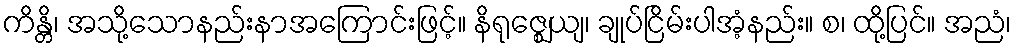
ကိန္တိ၊ အသို့သောနည်းနာအကြောင်းဖြင့်။ နိရုဇ္ဈေယျ၊ ချုပ်ငြိမ်းပါအံ့နည်း။ စ၊ ထို့ပြင်။ အညံ၊